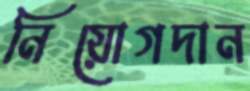
নিয়োগদান